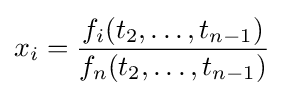
x_{i}={\frac {f_{i}(t_{2},\ldots ,t_{n-1})}{f_{n}(t_{2},\ldots ,t_{n-1})}}